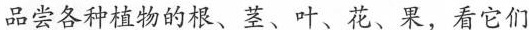
品尝各种植物的根、茎、叶、花、果，看它们